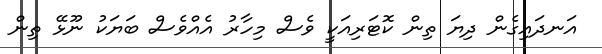
އަނދައިގެން ދިޔަ ތިން ކޮޓަރިއަކީ ވެސް މިހާރު އެއްވެސް ބަޔަކު ނޫޅޭ ތިން